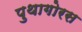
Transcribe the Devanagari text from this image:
पुथागोरस